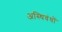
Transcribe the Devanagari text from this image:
अस्थिवंधों